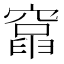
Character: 𥨈